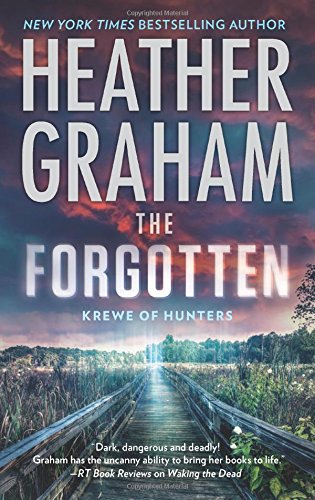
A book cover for The Forgotten (Krewe of Hunters); Heather Graham; Romance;